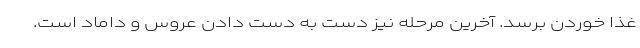
غذا خوردن برسد. آخرین مرحله نیز دست به دست دادن عروس و داماد است.